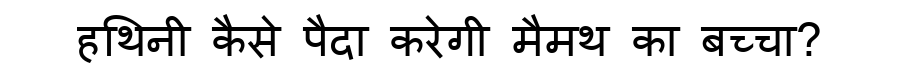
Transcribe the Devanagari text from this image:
हथिनी कैसे पैदा करेगी मैमथ का बच्चा?